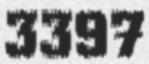
3397